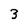
Character: 3